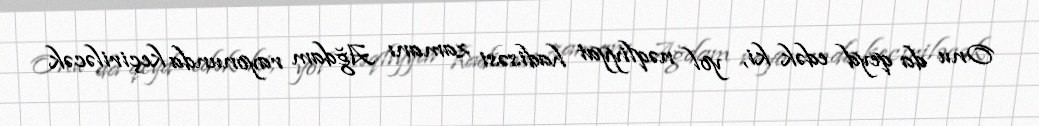
Onu da qeyd edək ki, yol nəqliyyat hadisəsi zamanı Ağdam rayonunda keçiriləcək